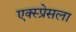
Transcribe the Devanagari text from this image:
एक्स्प्रेसला